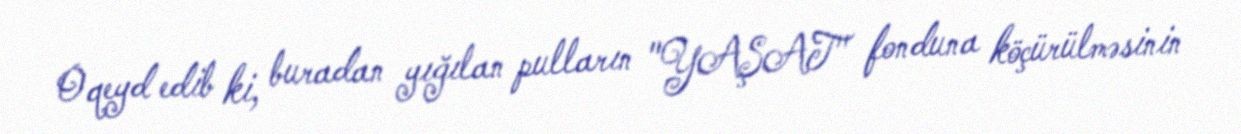
O qeyd edib ki, buradan yığılan pulların "YAŞAT" fonduna köçürülməsinin